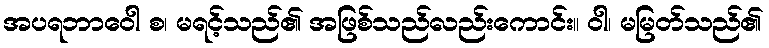
အပရဘာဝေါ စ၊ မရင့်သည်၏ အဖြစ်သည်လည်းကောင်း။ ဝါ၊ မမြတ်သည်၏